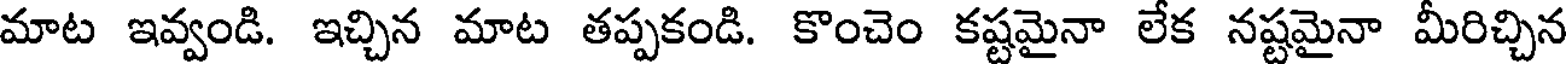
మాట ఇవ్వండి. ఇచ్చిన మాట తప్పకండి. కొంచెం కష్టమైనా లేక నష్టమైనా మీరిచ్చిన